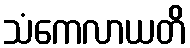
သံကေလာယတိ